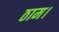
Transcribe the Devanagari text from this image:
ठाम।